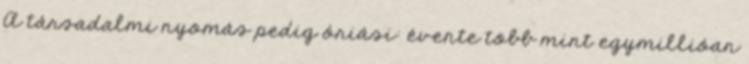
A társadalmi nyomás pedig óriási: évente több mint egymillióan